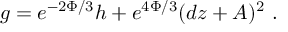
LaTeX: g = e ^ { - 2 \Phi / 3 } h + e ^ { 4 \Phi / 3 } ( d z + A ) ^ { 2 } ~ .